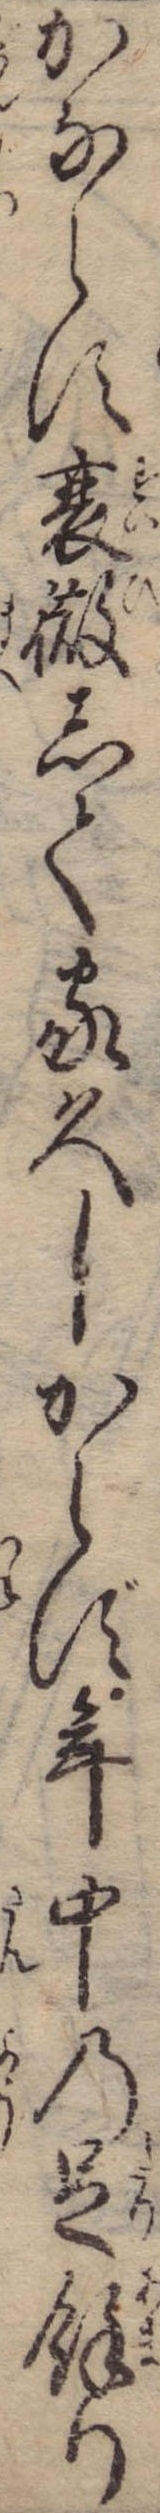
かならす衰微して家久しからず年中の足余り